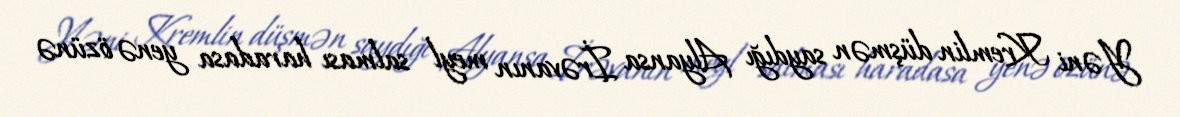
Yəni Kremlin düşmən saydığı Alyansa İrəvanın meyl salması haradasa yenə özünə